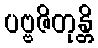
ပဗ္ဗဇိတုန္တိ